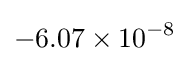
-6.07\times 10^{-8}